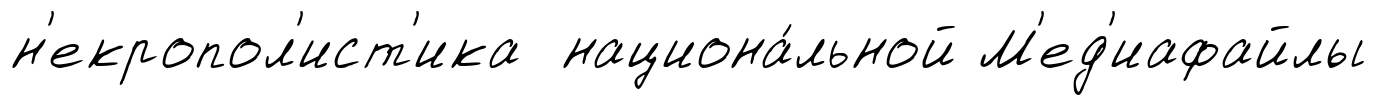
н'екропол'ист'ика национа́льной М'ед'иафайлы